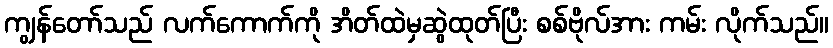
ကျွန်တော်သည် လက်ကောက်ကို အိတ်ထဲမှဆွဲထုတ်ပြီး စစ်ဗိုလ်အား ကမ်း လိုက်သည်။